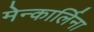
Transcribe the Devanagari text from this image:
मेन्कार्लिना